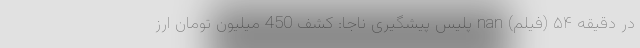
در دقیقه ۵۴ (فیلم) nan پلیس پیشگیری ناجا: کشف 450 میلیون تومان ارز